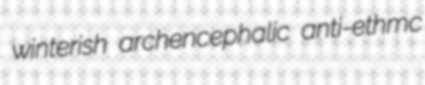
winterish archencephalic anti-ethmc